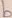
Text: b